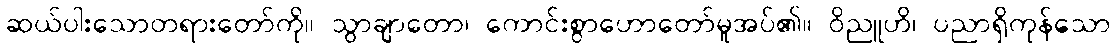
ဆယ်ပါးသောတရားတော်ကို။ သွာချာတော၊ ကောင်းစွာဟောတော်မူအပ်၏။ ဝိညူဟိ၊ ပညာရှိကုန်သော